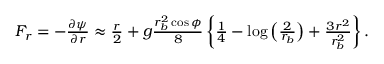
\begin{array} { r } { F _ { r } = - \frac { \partial \psi } { \partial r } \approx \frac { r } { 2 } + g \frac { r _ { b } ^ { 2 } \cos \phi } { 8 } \left\{ \frac { 1 } { 4 } - \log \left( \frac { 2 } { r _ { b } } \right) + \frac { 3 r ^ { 2 } } { r _ { b } ^ { 2 } } \right\} . } \end{array}